Subject: physics
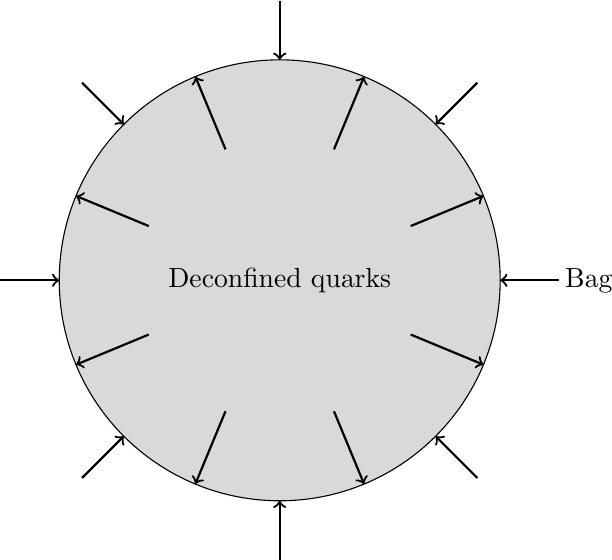
LaTeX code:
    \begin{tikzpicture}
        \draw[fill=gray!30] (0,0) circle (2.8cm);

        \node at (0,0) {Deconfined quarks};

        \foreach \a in {22.5,67.5,...,337.5} {
            \draw[->, thick] (\a:1.8cm) -- (\a:2.8cm);
        }

        \foreach \a in {0,45,...,315} {
            \draw[->, thick] (\a:3.55cm) -- (\a:2.8cm);
        }

        \node[anchor=west] at (3.5cm,0) {Bag};
    \end{tikzpicture}